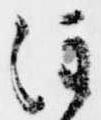
注